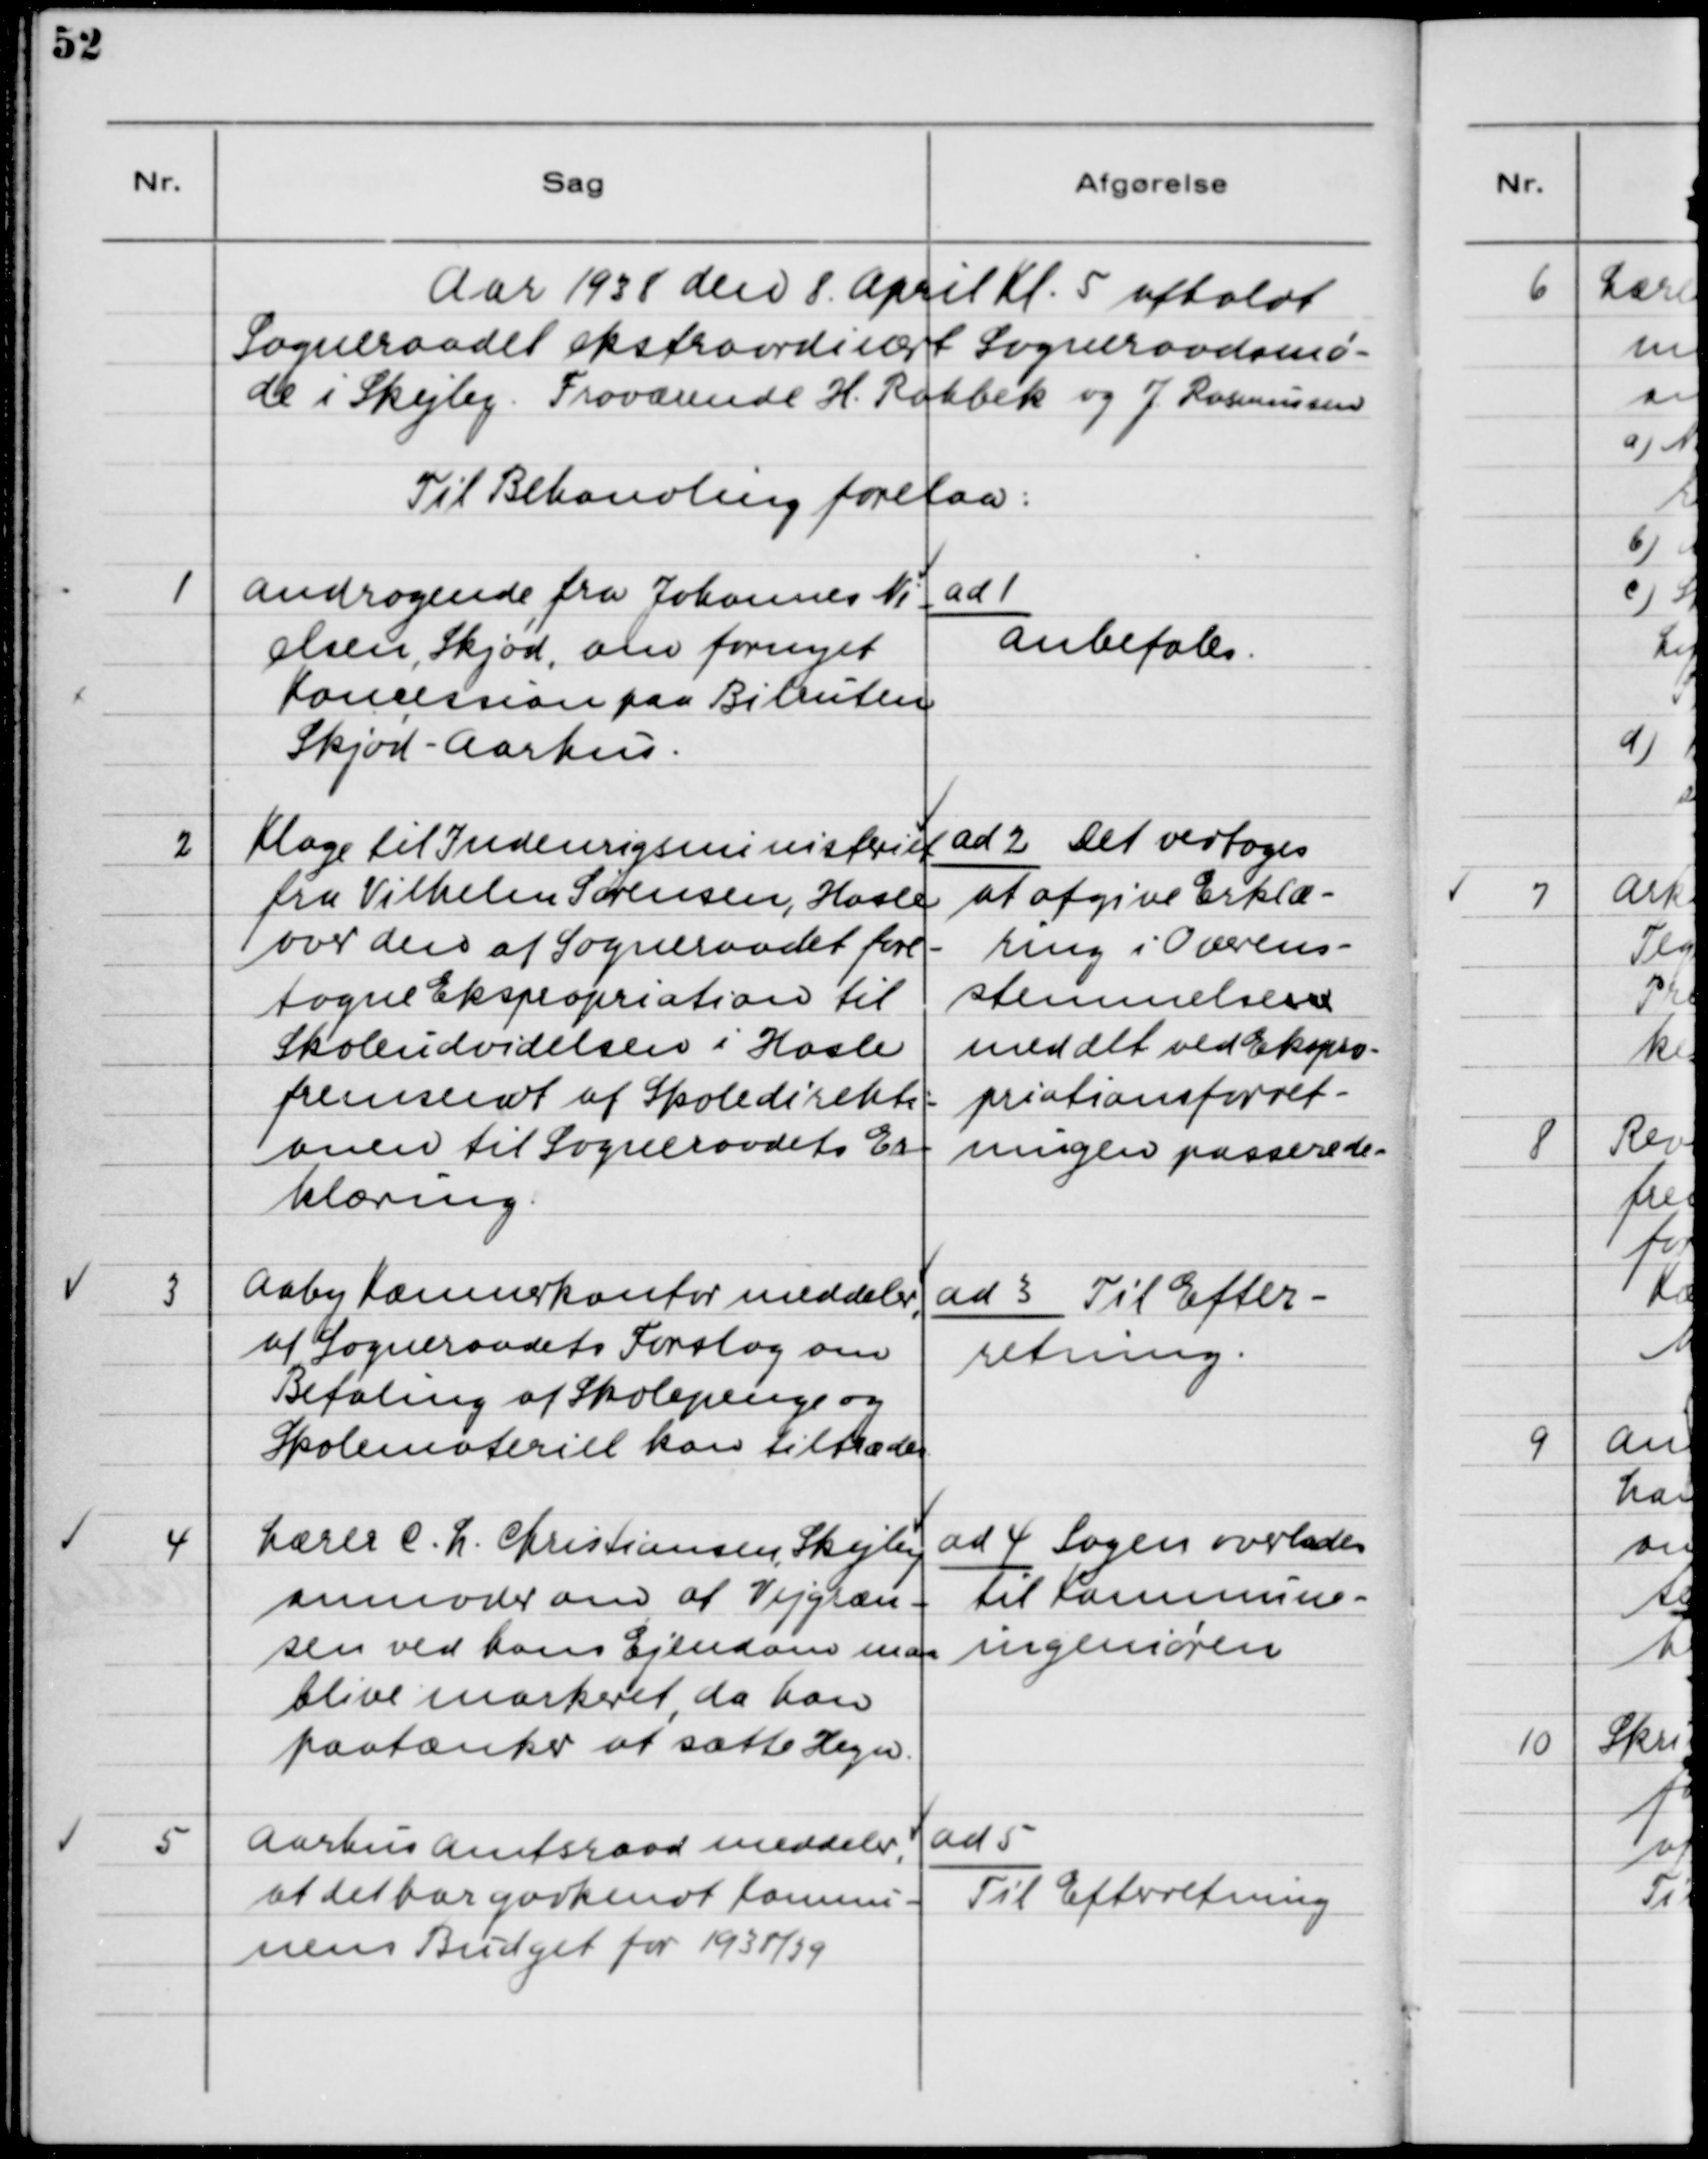
Transskription:
Aar 1938 den 8. April Kl. 5 afholdt
Sogneraadet ekstraordinært Sogneraadsmø-
de i Skejby. Fraværende H. Rahbek og J. Rasmussen.
Til Behandling forelaa:

1. Andragende fra Johannes Ni-
elsen, Skjød, om fornyet
Koncession paa Bilruten
Skjød - Aarhus.

ad 1.
Anbefales.

2. Klage til Indenrigsministeriet
fra Vilhelm Sørensen, Hasle
over den af Sogneraadet fore-
tagne Ekspropriation til
Skoleudvidelsen i Hasle
fremsendt af Skoledirekti-
onen til Sogneraadets Er-
klæring.

ad 2. Det vedtoges
at afgive Erklæ-
ring i Overens-
stemmelsenr
med det ved Eksprio-
priationsforret-
ningen passerede.

3. Aaby Kæmnerkontor meddeler,
at Sogneraadets Forslag om
Betaling af Skolepenge og
Skolemateriel kan tiltrædes.

ad 3. Til Efter-
retning.

4. Lærer E. H. Christiansen, Skejby
anmoder om, at Vejgræn-
sen ved hans Ejendom maa
blive markeret, da han
paatænker at sætte Hegn.

ad 4. Sagen overlades
til Kommune-
ingeniøren.

5. Aarhus Amtsraad meddeler,
at det har godkendt Kommu-
nens Budget for 1938/39.

ad 5.
Til Efterretning